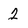
Character: 2